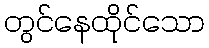
တွင်နေထိုင်သော